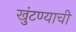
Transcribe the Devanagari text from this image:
खुंटण्याची